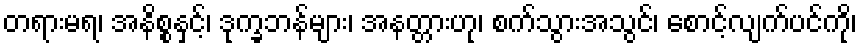
တရားမရ၊ အနိစ္စနှင့်၊ ဒုက္ခဘန်များ၊ အနတ္တားဟု၊ စက်သွားအသွင်၊ စောင့်လျက်ပင်ကို၊